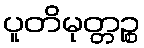
ပူတိမုတ္တဉ္စ